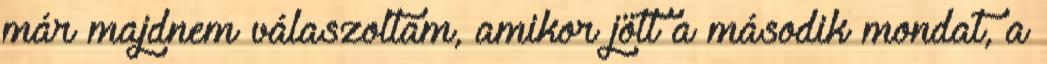
már majdnem válaszoltam, amikor jött a második mondat, a